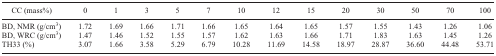
<table><thead><tr><td><b>CC (mass%)</b></td><td><b>0</b></td><td><b>1</b></td><td><b>3</b></td><td><b>5</b></td><td><b>7</b></td><td><b>10</b></td><td><b>12</b></td><td><b>15</b></td><td><b>20</b></td><td><b>30</b></td><td><b>50</b></td><td><b>70</b></td><td><b>100</b></td></tr></thead><tbody><tr><td>BD, NMR (g/cm<sup>3</sup>)</td><td>1.72</td><td>1.69</td><td>1.66</td><td>1.71</td><td>1.66</td><td>1.65</td><td>1.64</td><td>1.65</td><td>1.57</td><td>1.55</td><td>1.43</td><td>1.26</td><td>1.06</td></tr><tr><td>BD, WRC (g/cm<sup>3</sup>)</td><td>1.47</td><td>1.46</td><td>1.52</td><td>1.55</td><td>1.57</td><td>1.62</td><td>1.63</td><td>1.66</td><td>1.71</td><td>1.83</td><td>1.63</td><td>1.45</td><td>1.26</td></tr><tr><td>TH33 (%)</td><td>3.07</td><td>1.66</td><td>3.58</td><td>5.29</td><td>6.79</td><td>10.28</td><td>11.69</td><td>14.58</td><td>18.97</td><td>28.87</td><td>36.60</td><td>44.48</td><td>53.71</td></tr></tbody></table>